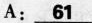
A:\underline{61}